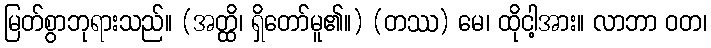
မြတ်စွာဘုရားသည်။ (အတ္ထိ၊ ရှိတော်မူ၏။) (တဿ) မေ၊ ထိုငါ့အား။ လာဘာ ဝတ၊